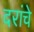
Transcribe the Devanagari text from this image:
दरांचे